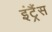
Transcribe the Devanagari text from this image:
इंट्रैंस